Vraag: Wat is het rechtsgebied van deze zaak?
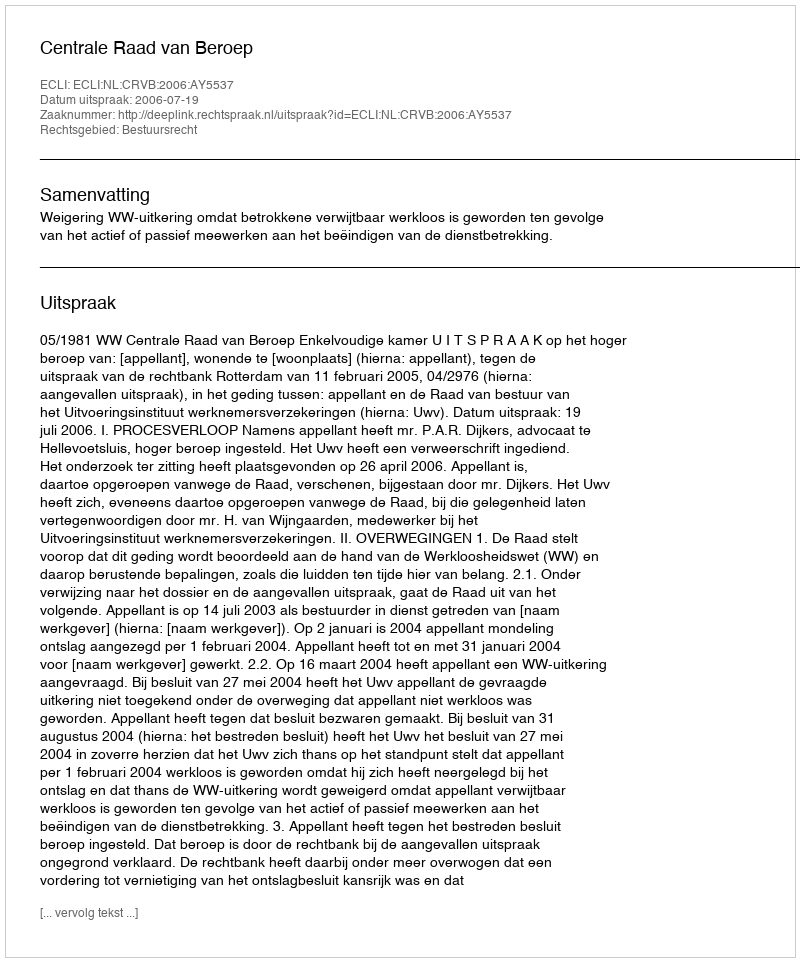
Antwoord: Bestuursrecht